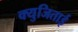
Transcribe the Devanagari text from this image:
क्युजिताई